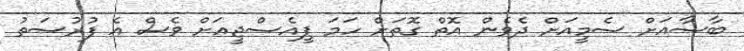
ބާސާއަށް ސެމީއަށް ދެވެން އޮތް ގޮތަށް ހަމަ ޕީއެސްޖީއަށް ވެސް އެ ފުރުސަތު